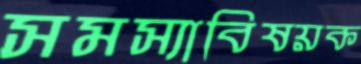
সমস্যাবিষয়ক